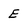
Character: E